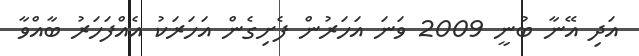
އަދި އޭނާ ބުނީ 2009 ވަނަ އަހަރުން ފެށިގެން އަހަރަކު އެއްފަހަރު ބާއްވާ